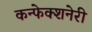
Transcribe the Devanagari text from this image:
कन्फेक्शनेरी